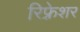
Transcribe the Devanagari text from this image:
रिफ़्रेशर